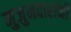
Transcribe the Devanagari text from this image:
मुजुमदारांनी